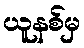
ယူနစ်မှ